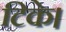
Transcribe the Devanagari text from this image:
टिके।